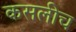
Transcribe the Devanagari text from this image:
कसलीच